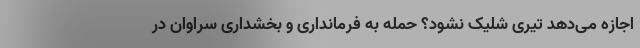
اجازه می‌دهد تیری شلیک نشود؟ حمله به فرمانداری و بخشداری سراوان در